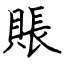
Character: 賬